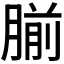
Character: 𫆨